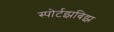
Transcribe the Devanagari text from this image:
स्पोर्टझबिझ